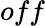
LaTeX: off